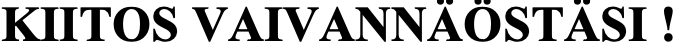
KIITOS VAIVANNÄÖSTÄSI !